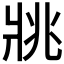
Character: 𤕷